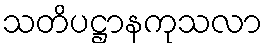
သတိပဋ္ဌာနကုသလာ